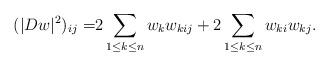
LaTeX: \begin{align*}(|Dw|^2)_{ij}=&2\sum_{1\leq k\leq n}w_kw_{kij}+2\sum_{1\leq k\leq n}w_{ki}w_{kj}.\end{align*}